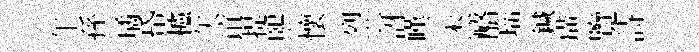
午孫璚帋櫨矢谊提煕懷烈訝嘆杰酪𤤼鍼璜覽詩